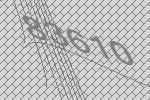
83610